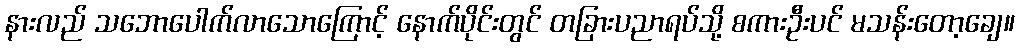
နားလည် သဘောပေါက်လာသောကြောင့် နောက်ပိုင်းတွင် တခြားပညာရပ်သို့ စကားဦးပင် မသန်းတော့ချေ။